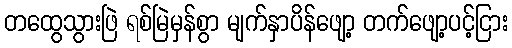
တထွေသွားဖြဲ ရစ်မြဲမှန်စွာ မျက်နှာပိန်ဖျော့ တက်ဖျော့ပင့်ငြား